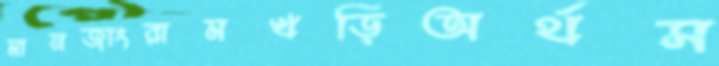
মানজাংরামখড়িঅর্থস